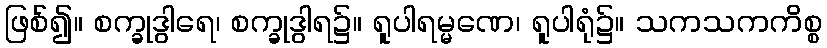
ဖြစ်၍။ စက္ခုဒွါရေ၊ စက္ခုဒွါရ၌။ ရူပါရမ္မဏေ၊ ရူပါရုံ၌။ သကသကကိစ္စ